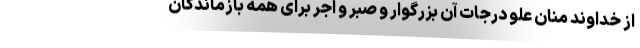
از خداوند منان علو درجات آن بزرگوار و صبر و اجر برای همه بازماندگان